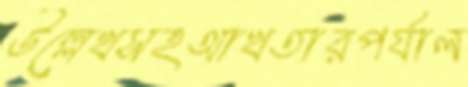
উল্লেখসহআখতারপর্যাল